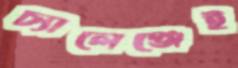
চ্যালেঞ্জেই